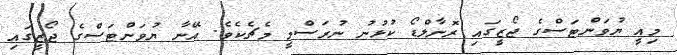
މިއީ ޔުވަންޓަސްގެ ޖޯޒީގައި ރޮނާލްޑޯ ކުޅުނު ނުރަސްމީ މެޗެކެވެ. އޭނާ ޔުވަންޓަސްގެ ޖޯޒީގައި